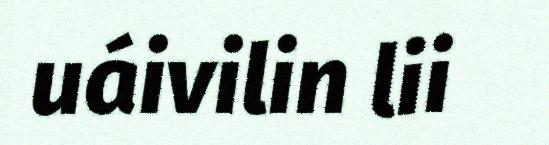
uáivilin lii